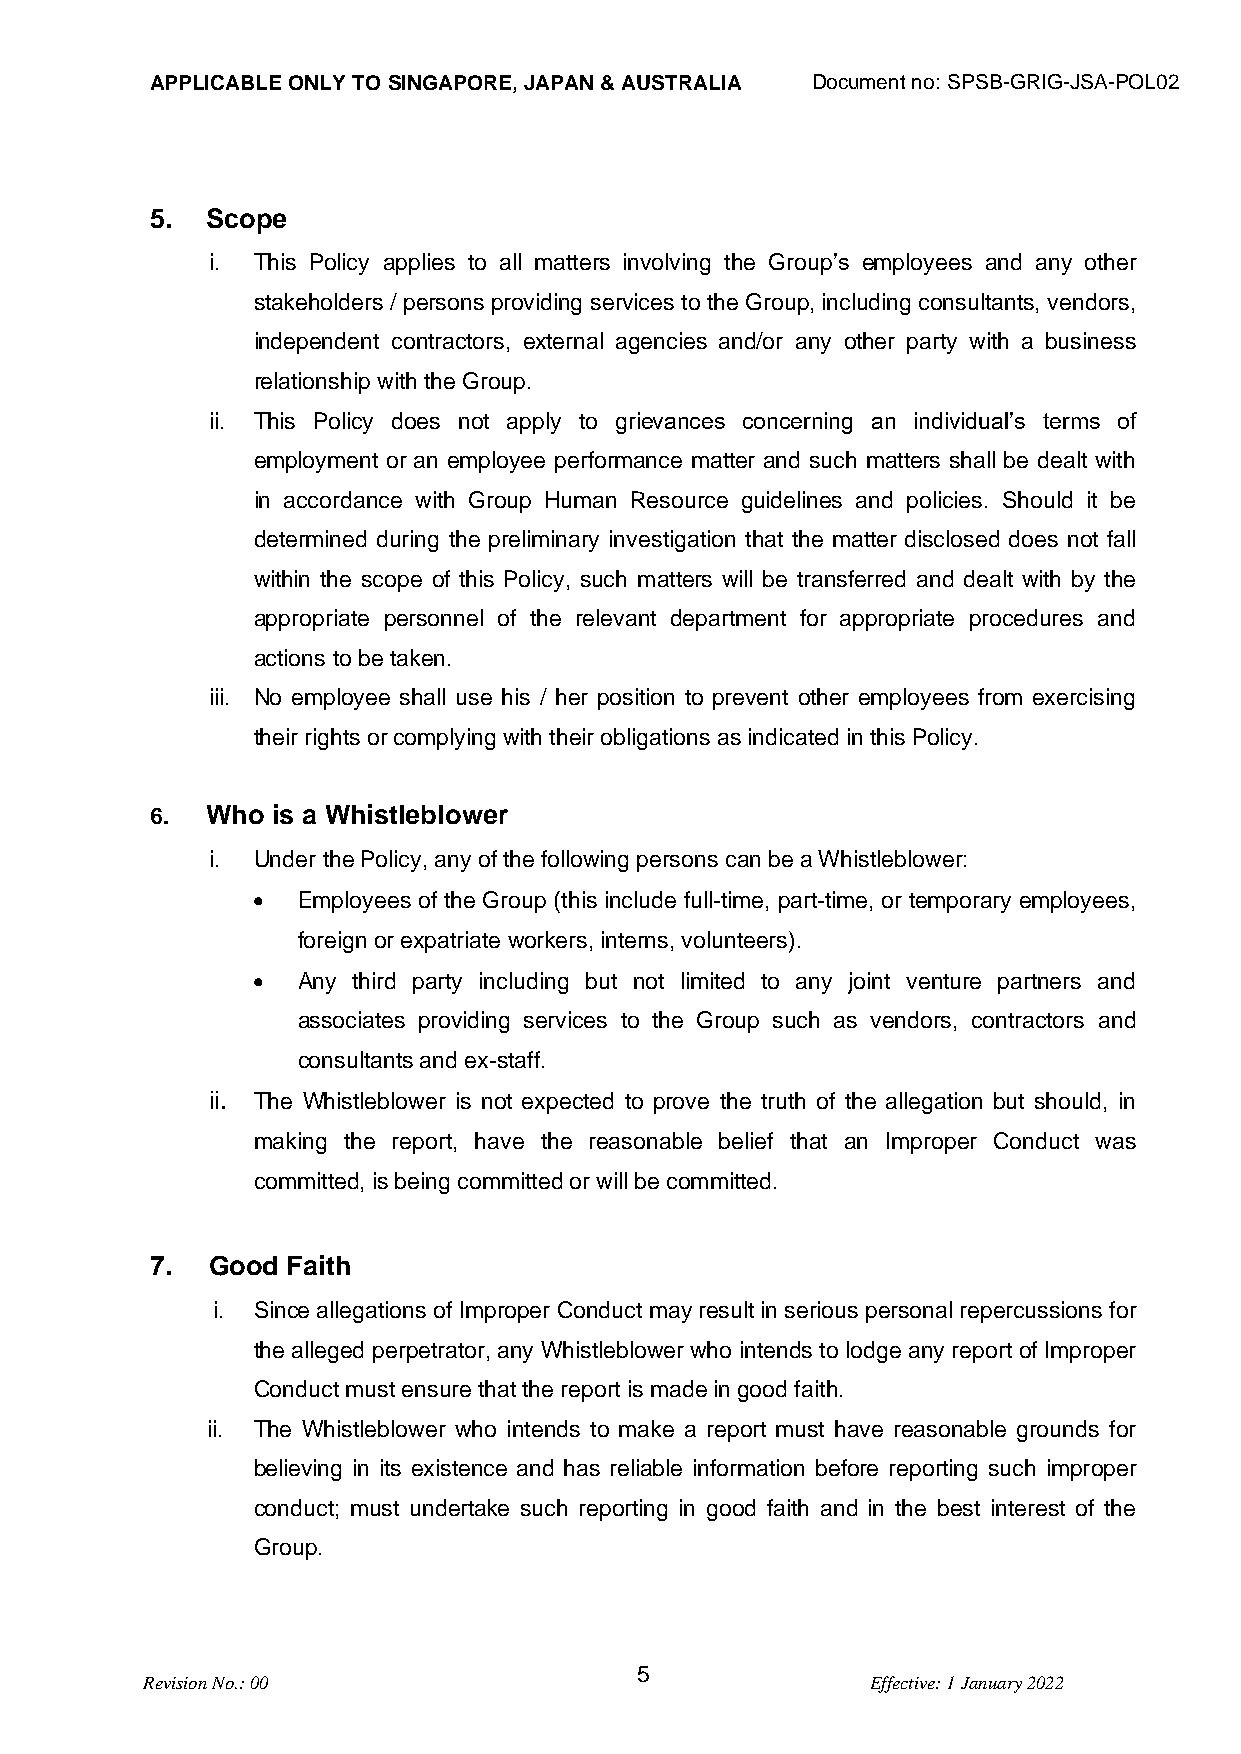
APPLICABLE ONLY TO SINGAPORE, JAPAN & AUSTRALIA Document no: SPSB-GRIG-JSA-POL02
 5.  Scope
 i. This Policy applies to all matters involving the Group’s employees and any other
 stakeholders / persons providing services to the Group, including consultants, vendors,
 independent contractors, external agencies and/or any other party with a business
 relationship with the Group.
 ii. This Policy does not apply to grievances concerning an individual’s terms of
 employment or an employee performance matter and such matters shall be dealt with
 in accordance with Group Human Resource guidelines and policies. Should it be
 determined during the preliminary investigation that the matter disclosed does not fall
 within the scope of this Policy, such matters will be transferred and dealt with by the
 appropriate personnel of the relevant department for appropriate procedures and
 actions to be taken.
 iii. No employee shall use his / her position to prevent other employees from exercising
 their rights or complying with their obligations as indicated in this Policy.
 6.  Who is a Whistleblower
 i. Under the Policy, any of the following persons can be a Whistleblower:
 •  Employees of the Group (this include full-time, part-time, or temporary employees,
 foreign or expatriate workers, interns, volunteers).
 •  Any third party including but not limited to any joint venture partners and
 associates providing services to the Group such as vendors, contractors and
 consultants and ex-staff.
 ii. The Whistleblower is not expected to prove the truth of the allegation but should, in
 making the report, have the reasonable belief that an Improper Conduct was
 committed, is being committed or will be committed.
 7.  Good Faith
 i. Since allegations of Improper Conduct may result in serious personal repercussions for
 the alleged perpetrator, any Whistleblower who intends to lodge any report of Improper
 Conduct must ensure that the report is made in good faith.
 ii. The Whistleblower who intends to make a report must have reasonable grounds for
 believing in its existence and has reliable information before reporting such improper
 conduct; must undertake such reporting in good faith and in the best interest of the
 Group.
 5
 Revision No.: 00                                 Effective: 1 January 2022